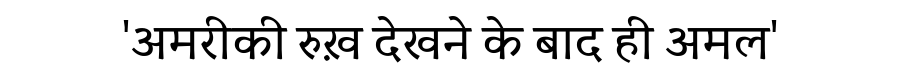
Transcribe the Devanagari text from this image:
'अमरीकी रुख़ देखने के बाद ही अमल'